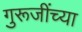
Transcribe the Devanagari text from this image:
गुरूजींच्या